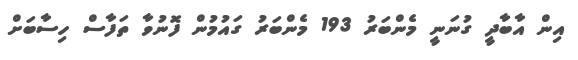
އިން އާބާދީ ގުނަނީ މެންބަރު 193 މެންބަރު ގައުމުން ފޮނުވާ ތަފާސް ހިސާބަށް